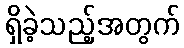
ရှိခဲ့သည့်အတွက်